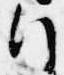
行